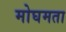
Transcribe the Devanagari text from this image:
मोघमता